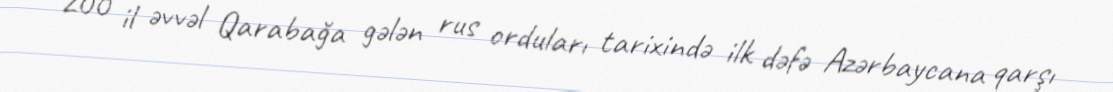
200 il əvvəl Qarabağa gələn rus orduları tarixində ilk dəfə Azərbaycana qarşı